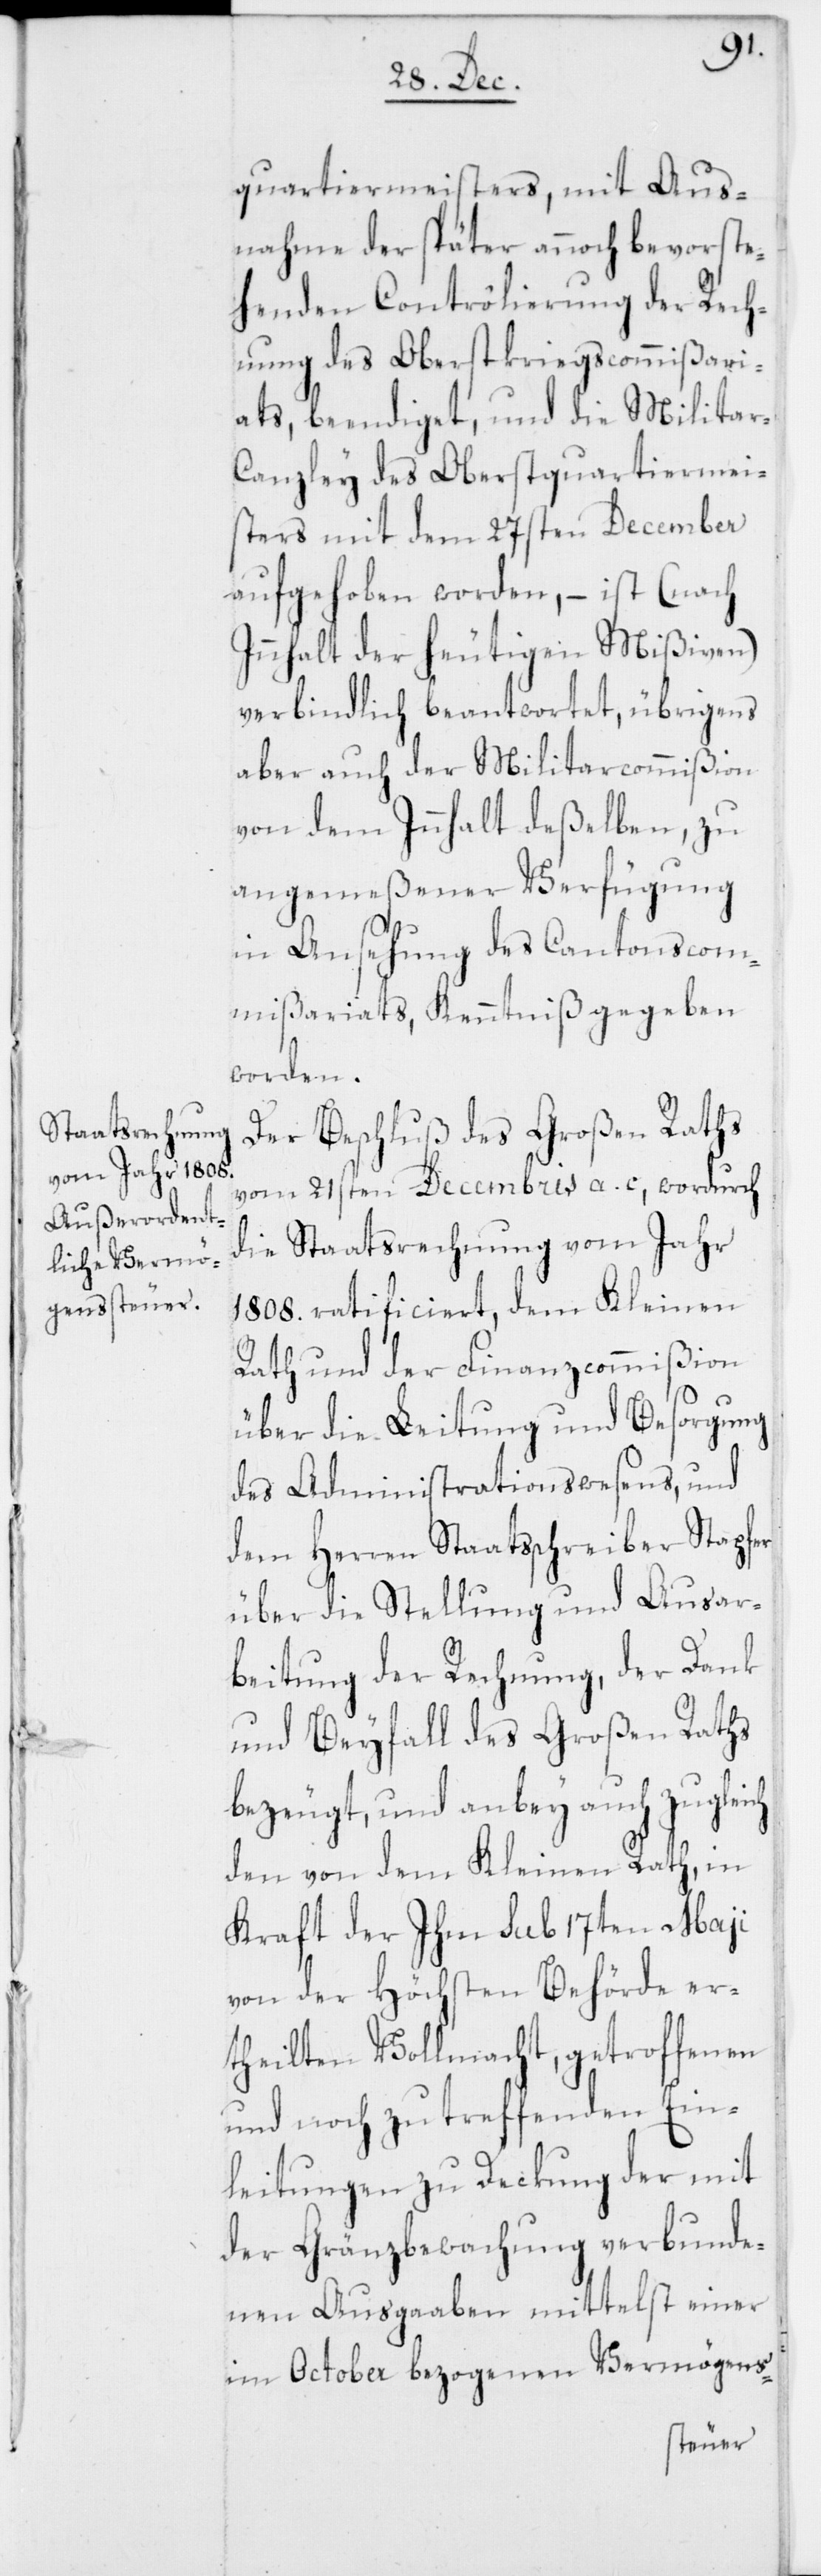
quartiermeisters, mit Aus¬
nahme der später annoch bevorste¬
henden Contrôlierung der Rech¬
nung des Oberstkriegscommißari¬
ats, beendiget, und die Militar-C¬
anzley des Oberstquartiermei¬
sters mit dem 27sten December
aufgehoben worden, – ist (nach
Innhalt der heutigen Mißiven)
verbindlich beantwortet, übrigens
aber auch der Militarcommißion
von dem Innhalt deßelben, zu
angemeßener Verfügung
in Ansehung des Cantonscom¬
mißariats, Kenntniß gegeben
worden.
Der Beschluß des Großen Raths
vom 21sten Decembris a. c., wordurch
die Staatsrechnung vom Jahr
1808. ratificiert, dem Kleinen
Rath und der Finanzcommißion
über die Leitung und Besorgung
des Administrationswesens, und
dem Herren Staatsschreiber Stapfer
über die Stellung und Ausar¬
beitung der Rechnung, der Dank
und Beyfall des Großen Raths
bezeugt, und anbey auch zugleich
den von dem Kleinen Rath, in
Kraft der Ihm sub 17ten Maji
von der Höchsten Behörde er¬
theilten Vollmacht, getroffenen
und noch zu treffenden Ein¬
leitungen zu Deckung der mit
der Grenzbewachung verbunde¬
nen Ausgaaben mittelst einer
im October bezogenen Vermögens-